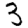
Digit: 3